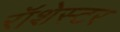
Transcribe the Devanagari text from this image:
रॉशेस्टर